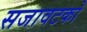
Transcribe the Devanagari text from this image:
सजावटको